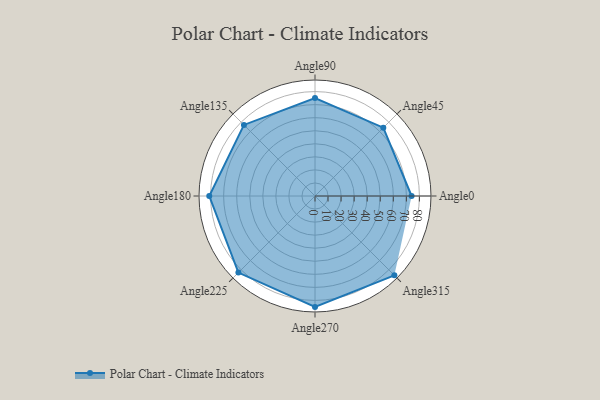
{"axis": {"x": "Angle", "y": "Radius"}, "legend": [""], "data": [{"x": "Angle0", "y": 74.0, "type": ""}, {"x": "Angle45", "y": 74.0, "type": ""}, {"x": "Angle90", "y": 75.0, "type": ""}, {"x": "Angle135", "y": 77.0, "type": ""}, {"x": "Angle180", "y": 81.0, "type": ""}, {"x": "Angle225", "y": 83.0, "type": ""}, {"x": "Angle270", "y": 85.0, "type": ""}, {"x": "Angle315", "y": 86.0, "type": ""}]}